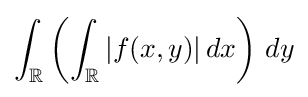
\int _{\mathbb {R} }\left(\int _{\mathbb {R} }|f(x,y)|\,dx\right)\,dy